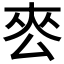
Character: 𭆜